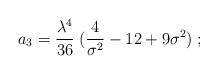
LaTeX: \begin{align*}a_3 = {\lambda^4 \over 36}\; ({4\over \sigma^2} - 12 + 9\sigma^2)\;;\end{align*}